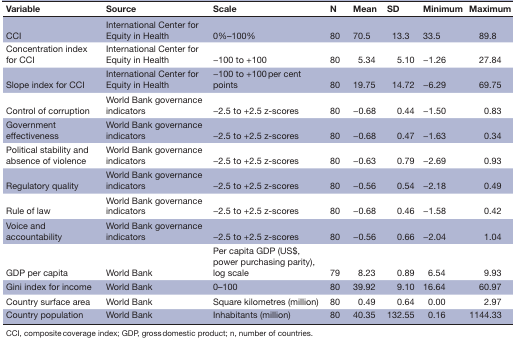
<table><thead><tr><td><b>Variable</b></td><td><b>Source</b></td><td><b>Scale</b></td><td><b>N</b></td><td><b>Mean</b></td><td><b>SD</b></td><td><b>Minimum</b></td><td><b>Maximum</b></td></tr></thead><tbody><tr><td>CCI</td><td>International Center for Equity in Health</td><td>0%–100%</td><td>80</td><td>70.5</td><td>13.3</td><td>33.5</td><td>89.8</td></tr><tr><td>Concentration index for CCI</td><td>International Center for Equity in Health</td><td>−100 to +100</td><td>80</td><td>5.34</td><td>5.10</td><td>−1.26</td><td>27.84</td></tr><tr><td>Slope index for CCI</td><td>International Center for Equity in Health</td><td>−100 to +100 per cent points</td><td>80</td><td>19.75</td><td>14.72</td><td>−6.29</td><td>69.75</td></tr><tr><td>Control of corruption</td><td>World Bank governance indicators</td><td>−2.5 to +2.5 z-scores</td><td>80</td><td>−0.68</td><td>0.44</td><td>−1.50</td><td>0.83</td></tr><tr><td>Government effectiveness</td><td>World Bank governance indicators</td><td>−2.5 to +2.5 z-scores</td><td>80</td><td>−0.68</td><td>0.47</td><td>−1.63</td><td>0.34</td></tr><tr><td>Political stability and absence of violence</td><td>World Bank governance indicators</td><td>−2.5 to +2.5 z-scores</td><td>80</td><td>−0.63</td><td>0.79</td><td>−2.69</td><td>0.93</td></tr><tr><td>Regulatory quality</td><td>World Bank governance indicators</td><td>−2.5 to +2.5 z-scores</td><td>80</td><td>−0.56</td><td>0.54</td><td>−2.18</td><td>0.49</td></tr><tr><td>Rule of law</td><td>World Bank governance indicators</td><td>−2.5 to +2.5 z-scores</td><td>80</td><td>−0.68</td><td>0.46</td><td>−1.58</td><td>0.42</td></tr><tr><td>Voice and accountability</td><td>World Bank governance indicators</td><td>−2.5 to +2.5 z-scores</td><td>80</td><td>−0.56</td><td>0.66</td><td>−2.04</td><td>1.04</td></tr><tr><td>GDP per capita</td><td>World Bank</td><td>Per capita GDP (US$, power purchasing parity), log scale</td><td>79</td><td>8.23</td><td>0.89</td><td>6.54</td><td>9.93</td></tr><tr><td>Gini index for income</td><td>World Bank</td><td>0–100</td><td>80</td><td>39.92</td><td>9.10</td><td>16.64</td><td>60.97</td></tr><tr><td>Country surface area</td><td>World Bank</td><td>Square kilometres (million)</td><td>80</td><td>0.49</td><td>0.64</td><td>0.00</td><td>2.97</td></tr><tr><td>Country population</td><td>World Bank</td><td>Inhabitants (million)</td><td>80</td><td>40.35</td><td>132.55</td><td>0.16</td><td>1144.33</td></tr></tbody></table>